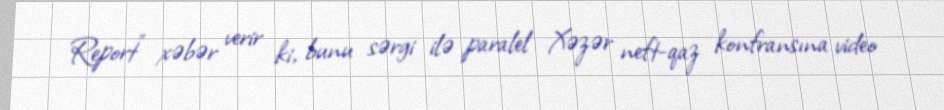
Report" xəbər verir ki, bunu sərgi ilə paralel Xəzər neft-qaz konfransına video